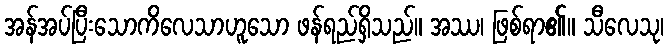
အန်အပ်ပြီးသောကိလေသာဟူသော ဖန်ရည်ရှိသည်။ အဿ၊ ဖြစ်ရာ၏။ သီလေသု၊